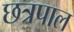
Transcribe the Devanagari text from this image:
छत्रपाल